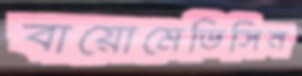
বায়োমেডিসিন